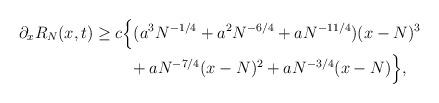
LaTeX: \begin{align*}\partial_x R_N(x,t) \ge&\; c\Big\{ (a^3N^{-1/4}+a^2 N^{-6/4}+aN^{-11/4}) (x-N)^3\\&\;\;\;\;+ aN^{-7/4}(x-N)^2+ a N^{-3/4} (x-N)\Big\},\end{align*}